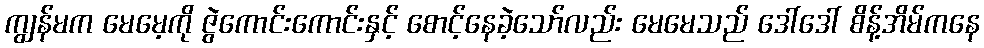
ကျွန်မက မေမေ့ကို ဇွဲကောင်းကောင်းနှင့် စောင့်နေခဲ့သော်လည်း မေမေသည် ဒေါ်ဒေါ် စိန့်အိမ်ကနေ